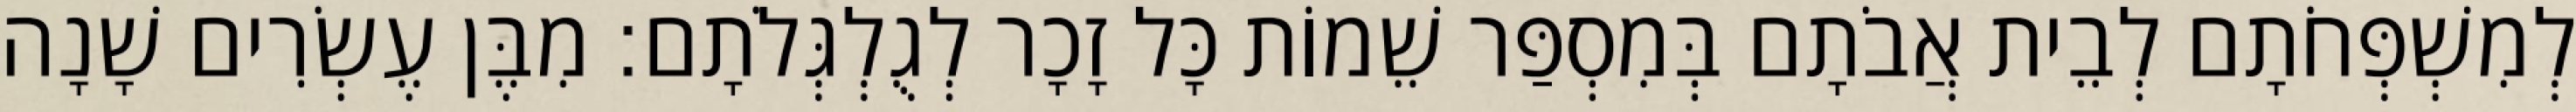
לְמִשְׁפְּחֹתָם לְבֵית אֲבֹתָם בְּמִסְפַּר שֵׁמוֹת כָּל זָכָר לְגֻלְגְּלֹתָם׃ מִבֶּן עֶשְׂרִים שָׁנָה